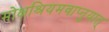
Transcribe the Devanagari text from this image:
मोक्षश्रियमवाप्नुयात्